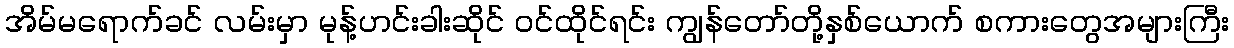
အိမ်မရောက်ခင် လမ်းမှာ မုန့်ဟင်းခါးဆိုင် ဝင်ထိုင်ရင်း ကျွန်တော်တို့နှစ်ယောက် စကားတွေအများကြီး